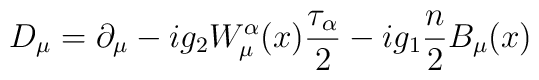
D_\mu = \partial_\mu -ig_2 W^\alpha_\mu(x) \frac{\tau_\alpha}{2}   -ig_1 \frac{n}{2} B_\mu(x)